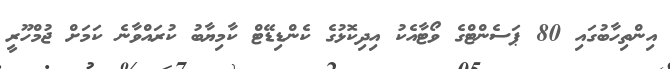
އިންތިހާބުގައި 80 ޕަސެންޓްގެ ވޯޓާއެކު އިދިކޮޅުގެ ކެންޑިޑޭޓް ކާމިޔާބު ކުރައްވާނެ ކަމަށް ޖުމްހޫރީ